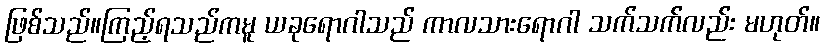
ဖြစ်သည်။ကြည့်ရသည်ကမူ ယခုရောဂါသည် ကာလသားရောဂါ သက်သက်လည်း မဟုတ်။